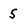
Character: 5